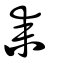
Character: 耒